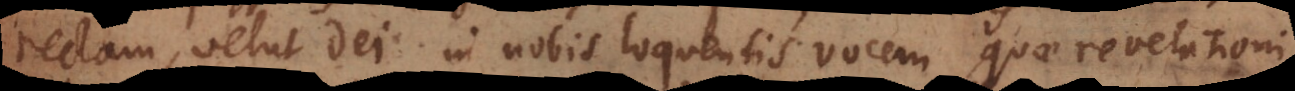
rectam, velut Dei in nobis loquentis vocem, quae revelationi